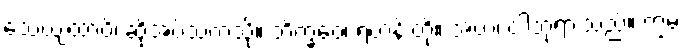
သေယျထာပိ၊ ဆိုအပ်သကဲ့သို့။ ဘိက္ခဝေ၊ ရဟန်းတို့။ အဟံ၊ ငါဘုရားသည်။ ဣမံ